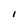
Character: I